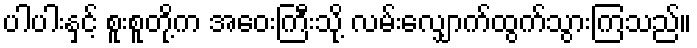
ပါပါးနှင့် စူးစူတို့က အဝေးကြီးသို့ လမ်းလျှောက်ထွက်သွားကြသည်။